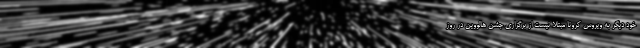
خود دیگر به ویروس کرونا مبتلا نیست از برگزاری جشن هالووین در روز